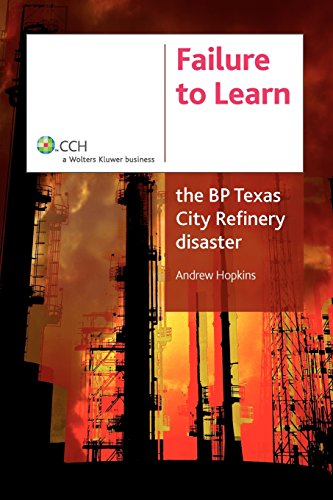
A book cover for Failure to Learn: The BP Texas City Refinery Disaster; Andrew Hopkins; Engineering & Transportation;